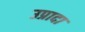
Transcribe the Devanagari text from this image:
उप्रादा